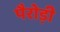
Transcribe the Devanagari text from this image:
पैरोड़ी